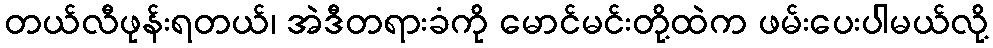
တယ်လီဖုန်းရတယ်၊ အဲဒီတရားခံကို မောင်မင်းတို့ထဲက ဖမ်းပေးပါမယ်လို့